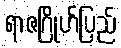
ရာဇဂြိုဟ်ပြည်